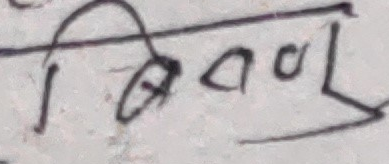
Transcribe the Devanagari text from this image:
विवरण